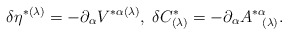
\begin{align*}\delta \eta ^{*(\lambda )}=-\partial _{\alpha }V^{*\alpha (\lambda)},\;\delta C_{(\lambda )}^{*}=-\partial _{\alpha }A_{\;\;\;(\lambda)}^{*\alpha }. \end{align*}